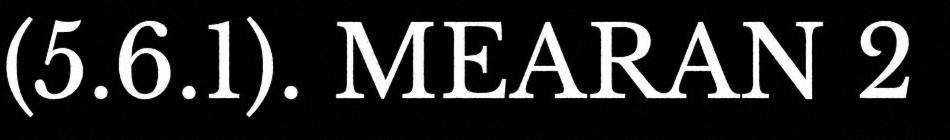
(5.6.1). MEARAN 2